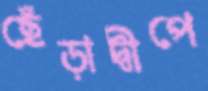
ছেঁড়াদ্বীপে